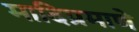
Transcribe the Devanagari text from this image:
मादिप्रमाणे